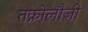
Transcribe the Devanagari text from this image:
तक्नोलौजी